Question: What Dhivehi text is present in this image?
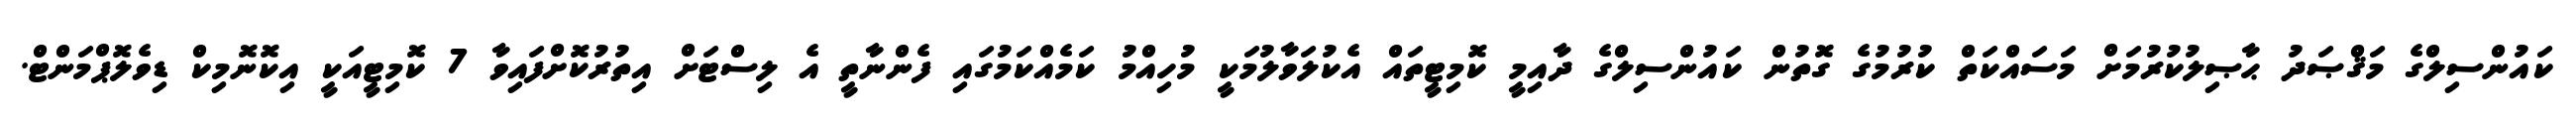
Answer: ކައުންސިލްގެ މަޤްޞަދު ޙާޞިލުކުރުމަށް މަސައްކަތް ކުރުމުގެ ގޮތުން ކައުންސިލްގެ ދާއިމީ ކޮމިޓީތައް އެކުލަވާލުމަކީ މުހިއްމު ކަމެއްކަމުގައި ފެންނާތީ އެ ލިސްޓަށް އިތުރުކޮށްފައިވާ 7 ކޮމިޓީއަކީ އިކޮނޮމިކް ޑިވެލޮޕްމަންޓް.